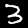
Digit: 3